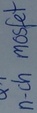
Text: n-chmosfet